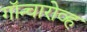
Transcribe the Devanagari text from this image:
गॉन्चारोव्ह